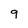
Character: 9